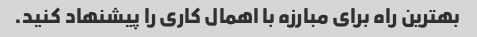
بهترین راه برای مبارزه با اهمال کاری را پیشنهاد کنید.